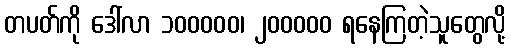
တပတ်ကို ဒေါ်လာ ၁၀၀၀၀၀၊ ၂၀၀၀၀၀ ရနေကြတဲ့သူတွေလို့